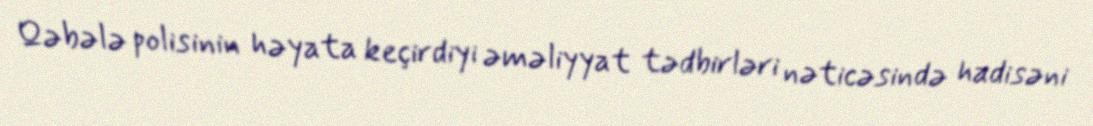
Qəbələ polisinin həyata keçirdiyi əməliyyat tədbirləri nəticəsində hadisəni